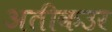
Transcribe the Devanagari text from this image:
अतीकउर